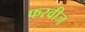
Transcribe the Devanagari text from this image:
फरवीज